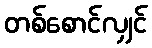
တစ်စောင်လျှင်